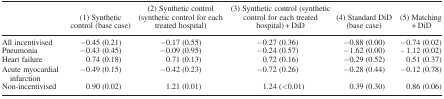
|  | (1) Synthetic control (base case) | (2) Synthetic control (synthetic control for each treated hospital) | (3) Synthetic control (synthetic control for each treated hospital) + DiD | (4) Standard DiD (base case) | (5) Matching + DiD |
 | --- | --- | --- | --- | --- | --- |
 | All incentivised | −0.45 (0.21) | −0.17 (0.55) | −0.27 (0.36) | −0.88 (0.00) | −0.74 (0.02) |
 | Pneumonia | −0.43 (0.45) | −0.09 (0.95) | −0.24 (0.57) | −1.62 (0.00) | ‐ 1.12 (0.02) |
 | Heart failure | 0.74 (0.18) | 0.71 (0.13) | 0.72 (0.16) | −0.29 (0.52) | 0.51 (0.37) |
 | Acute myocardial infarction | −0.49 (0.15) | −0.42 (0.23) | −0.72 (0.26) | −0.28 (0.44) | −0.12 (0.78) |
 | Non‐incentivised | 0.90 (0.02) | 1.21 (0.01) | 1.24 (<0.01) | 0.39 (0.30) | 0.86 (0.06) |